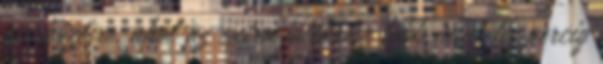
mérkőzésre, ahol az extra játékrész több mint tíz percig